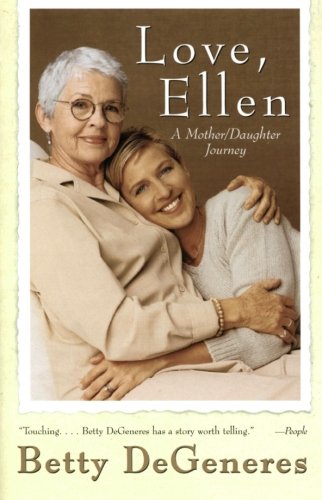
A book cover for Love, Ellen: A Mother/Daughter Journey; Betty DeGeneres; Gay & Lesbian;